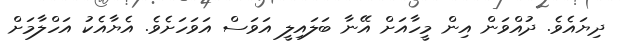
ދިޔައެވެ. ދުއްވަން އިން މީހާއަށް އޭނާ ބަލައިލީ އަވަސް އަވަހަށެވެ. އެޔާއެކު އަހްލާމަށް